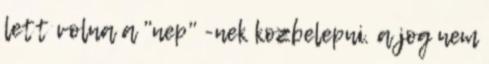
lett volna a "nep" -nek kozbelepni. a jog nem